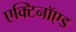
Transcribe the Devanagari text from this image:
एक्टिनॉएड